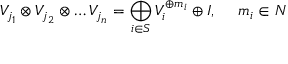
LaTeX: V _ { j _ { 1 } } \otimes V _ { j _ { 2 } } \otimes \ldots V _ { j _ { n } } = \bigoplus _ { i \in { \cal S } } V _ { i } ^ { \oplus m _ { i } } \oplus I , \ \ \ \ m _ { i } \in N